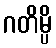
ဂတိမ္ပိ